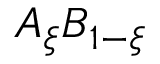
A _ { \xi } B _ { 1 - { \xi } }